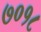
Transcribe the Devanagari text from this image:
७०१८